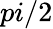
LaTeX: pi/2